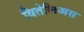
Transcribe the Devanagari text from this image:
वितेलिअस